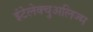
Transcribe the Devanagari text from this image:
इंटेलेक्चुअलिज्म